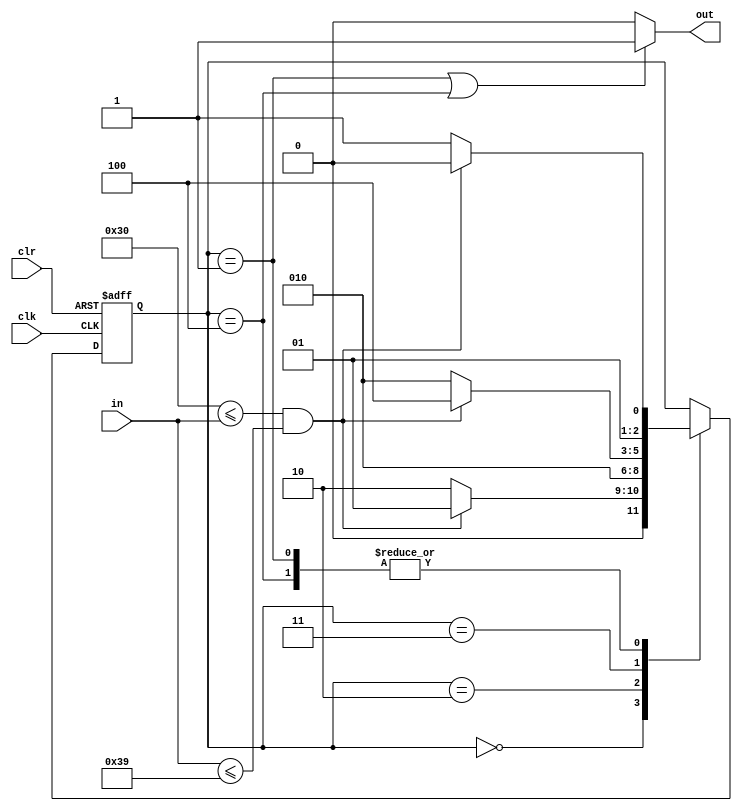
`timescale 1ns / 1ps

module string(
    input clk,
    input clr,
    input [7:0] in,
    output out
    );
	 reg [2:0] cs;
	 reg myout;
	 assign out = myout;
	 localparam S0 = 0,S1 = 1,S2=2,S3=3,S4=4;
	 initial begin
		myout=0;
		cs=S0;
	 end
	 always @(posedge clk or posedge clr)begin
		if (clr) begin
			cs <= S0;
		end
		else begin
			case(cs)
				S0:begin
					if ("0"<=in&&in<="9")begin
						cs<=S1;
					end
					else
						cs<=S2;
				end
				S1:begin
					if ("0"<=in&&in<="9")
						cs<=S2;
					else
						cs<=S3;
				end
				S2:begin
					cs<=S2;
				end
				S3:begin
					if ("0"<=in&&in<="9")
						cs<=S4;
					else
						cs<=S2;
				end
				S4:begin
					if("0"<=in&&in<="9")
						cs<=S2;
					else
						cs<=S3;
				end
			endcase
		end
	 end
	 always @(cs)begin
		if ((cs==S1)||(cs==S4))
			myout<=1;
		else
			myout <=0;
	 end
	
endmodule